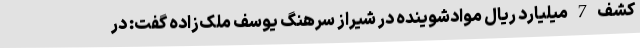
کشف 7 میلیارد ریال موادشوینده در شیراز سرهنگ یوسف ملک‌زاده گفت: در